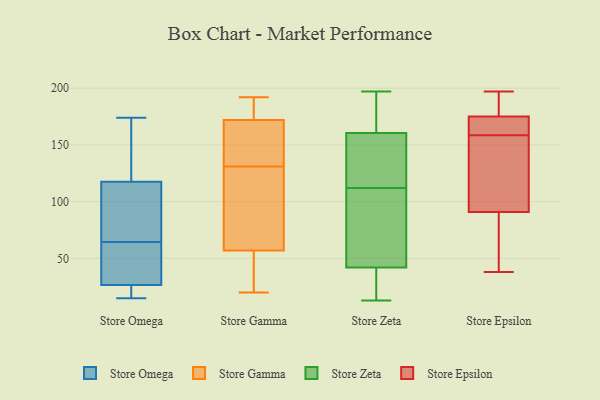
{"axis": {"x": "Customer Acquisition Cost (USD)", "y": "Value"}, "legend": ["Store Epsilon", "Store Gamma", "Store Omega", "Store Zeta"], "data": [{"x": "", "y": 24, "type": "Store Omega"}, {"x": "", "y": 53, "type": "Store Omega"}, {"x": "", "y": 23, "type": "Store Omega"}, {"x": "", "y": 174, "type": "Store Omega"}, {"x": "", "y": 117, "type": "Store Omega"}, {"x": "", "y": 118, "type": "Store Omega"}, {"x": "", "y": 29, "type": "Store Omega"}, {"x": "", "y": 67, "type": "Store Omega"}, {"x": "", "y": 62, "type": "Store Omega"}, {"x": "", "y": 15, "type": "Store Omega"}, {"x": "", "y": 141, "type": "Store Omega"}, {"x": "", "y": 79, "type": "Store Omega"}, {"x": "", "y": 36, "type": "Store Gamma"}, {"x": "", "y": 112, "type": "Store Gamma"}, {"x": "", "y": 20, "type": "Store Gamma"}, {"x": "", "y": 119, "type": "Store Gamma"}, {"x": "", "y": 182, "type": "Store Gamma"}, {"x": "", "y": 131, "type": "Store Gamma"}, {"x": "", "y": 192, "type": "Store Gamma"}, {"x": "", "y": 26, "type": "Store Gamma"}, {"x": "", "y": 156, "type": "Store Gamma"}, {"x": "", "y": 183, "type": "Store Gamma"}, {"x": "", "y": 30, "type": "Store Gamma"}, {"x": "", "y": 178, "type": "Store Gamma"}, {"x": "", "y": 164, "type": "Store Gamma"}, {"x": "", "y": 151, "type": "Store Gamma"}, {"x": "", "y": 64, "type": "Store Gamma"}, {"x": "", "y": 170, "type": "Store Gamma"}, {"x": "", "y": 78, "type": "Store Gamma"}, {"x": "", "y": 107, "type": "Store Zeta"}, {"x": "", "y": 180, "type": "Store Zeta"}, {"x": "", "y": 21, "type": "Store Zeta"}, {"x": "", "y": 50, "type": "Store Zeta"}, {"x": "", "y": 145, "type": "Store Zeta"}, {"x": "", "y": 27, "type": "Store Zeta"}, {"x": "", "y": 197, "type": "Store Zeta"}, {"x": "", "y": 183, "type": "Store Zeta"}, {"x": "", "y": 176, "type": "Store Zeta"}, {"x": "", "y": 54, "type": "Store Zeta"}, {"x": "", "y": 120, "type": "Store Zeta"}, {"x": "", "y": 117, "type": "Store Zeta"}, {"x": "", "y": 13, "type": "Store Zeta"}, {"x": "", "y": 123, "type": "Store Zeta"}, {"x": "", "y": 42, "type": "Store Zeta"}, {"x": "", "y": 42, "type": "Store Zeta"}, {"x": "", "y": 163, "type": "Store Epsilon"}, {"x": "", "y": 175, "type": "Store Epsilon"}, {"x": "", "y": 66, "type": "Store Epsilon"}, {"x": "", "y": 58, "type": "Store Epsilon"}, {"x": "", "y": 157, "type": "Store Epsilon"}, {"x": "", "y": 38, "type": "Store Epsilon"}, {"x": "", "y": 160, "type": "Store Epsilon"}, {"x": "", "y": 197, "type": "Store Epsilon"}, {"x": "", "y": 117, "type": "Store Epsilon"}, {"x": "", "y": 175, "type": "Store Epsilon"}, {"x": "", "y": 82, "type": "Store Epsilon"}, {"x": "", "y": 145, "type": "Store Epsilon"}, {"x": "", "y": 196, "type": "Store Epsilon"}, {"x": "", "y": 167, "type": "Store Epsilon"}, {"x": "", "y": 137, "type": "Store Epsilon"}, {"x": "", "y": 91, "type": "Store Epsilon"}, {"x": "", "y": 196, "type": "Store Epsilon"}, {"x": "", "y": 176, "type": "Store Epsilon"}]}